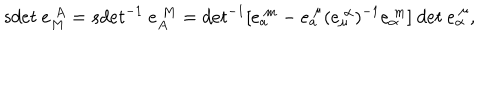
{ s d e t } ~ e _ { M } ^ { ~ A } = { s d e t } ^ { - 1 } ~ e _ { A } ^ { ~ M } = d e t ^ { - 1 } [ e _ { a } ^ { ~ m } - e _ { a } ^ { ~ \mu } ( e _ { \mu } ^ { ~ \alpha } ) ^ { - 1 } e _ { \alpha } ^ { ~ m } ] ~ d e t ~ e _ { \alpha } ^ { ~ \mu } ,